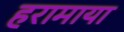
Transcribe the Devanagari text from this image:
हरामाया